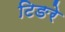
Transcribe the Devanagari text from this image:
टिङरे